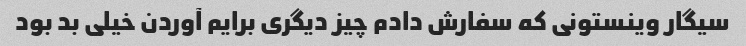
سیگار وینستونی که سفارش دادم چیز دیگری برایم آوردن خیلی بد بود